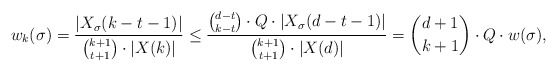
\begin{align*}w_k(\sigma) = \frac{|X_\sigma(k-t-1)|}{{k+1 \choose t+1}\cdot |X(k)|} \leq \frac{{d-t \choose k-t}\cdot Q\cdot |X_\sigma(d-t-1)|}{{k+1 \choose t+1}\cdot |X(d)|} = {d+1 \choose k+1}\cdot Q \cdot w(\sigma),\end{align*}